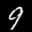
Label: 9